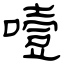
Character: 噎